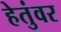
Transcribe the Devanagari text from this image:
हेतुंवर